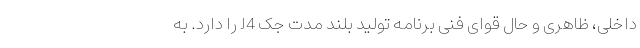
داخلی، ظاهری و حال قوای فنی برنامه تولید بلند مدت جک J4 را دارد. به